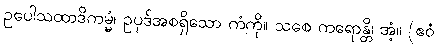
ဥပေါသထာဒိကမ္မံ၊ ဥပုဒ်အစရှိသော ကံကို။ သစေ ကရောန္တိ၊ အံ့။ (ဧဝံ